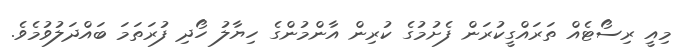
މިއީ ރިސޯޓެއް ތަރައްގީކުރަން ފެށުމުގެ ކުރިން އާންމުންގެ ހިޔާލު ހޯދި ފުރަތަމަ ބައްދަލުވުމެވެ.